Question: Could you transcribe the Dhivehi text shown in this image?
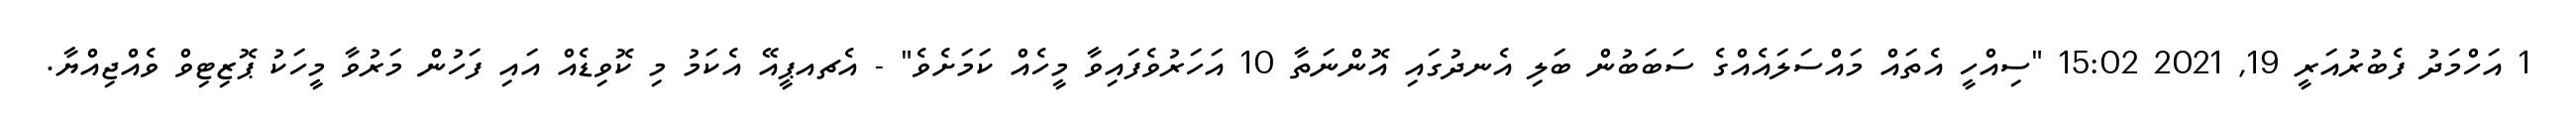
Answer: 1 އަހްމަދު ފެބުރުއަރީ 19, 2021 15:02 "ސިއްހީ އެތައް މައްސަލައެއްގެ ސަބަބުން ބަލި އެނދުގައި އޮންނަތާ 10 އަހަރުވެފައިވާ މީހެއް ކަމަށެވެ" - އެޗއޕީއޭ އެކަމު މި ކޮވިޑެއް އައި ފަހުން މަރުވާ މީހަކު ޕޮޒިޓިވް ވެއްޖިއްޔާ.